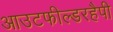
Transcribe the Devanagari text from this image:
आउटफील्डरहैपी